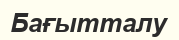
Бағытталу